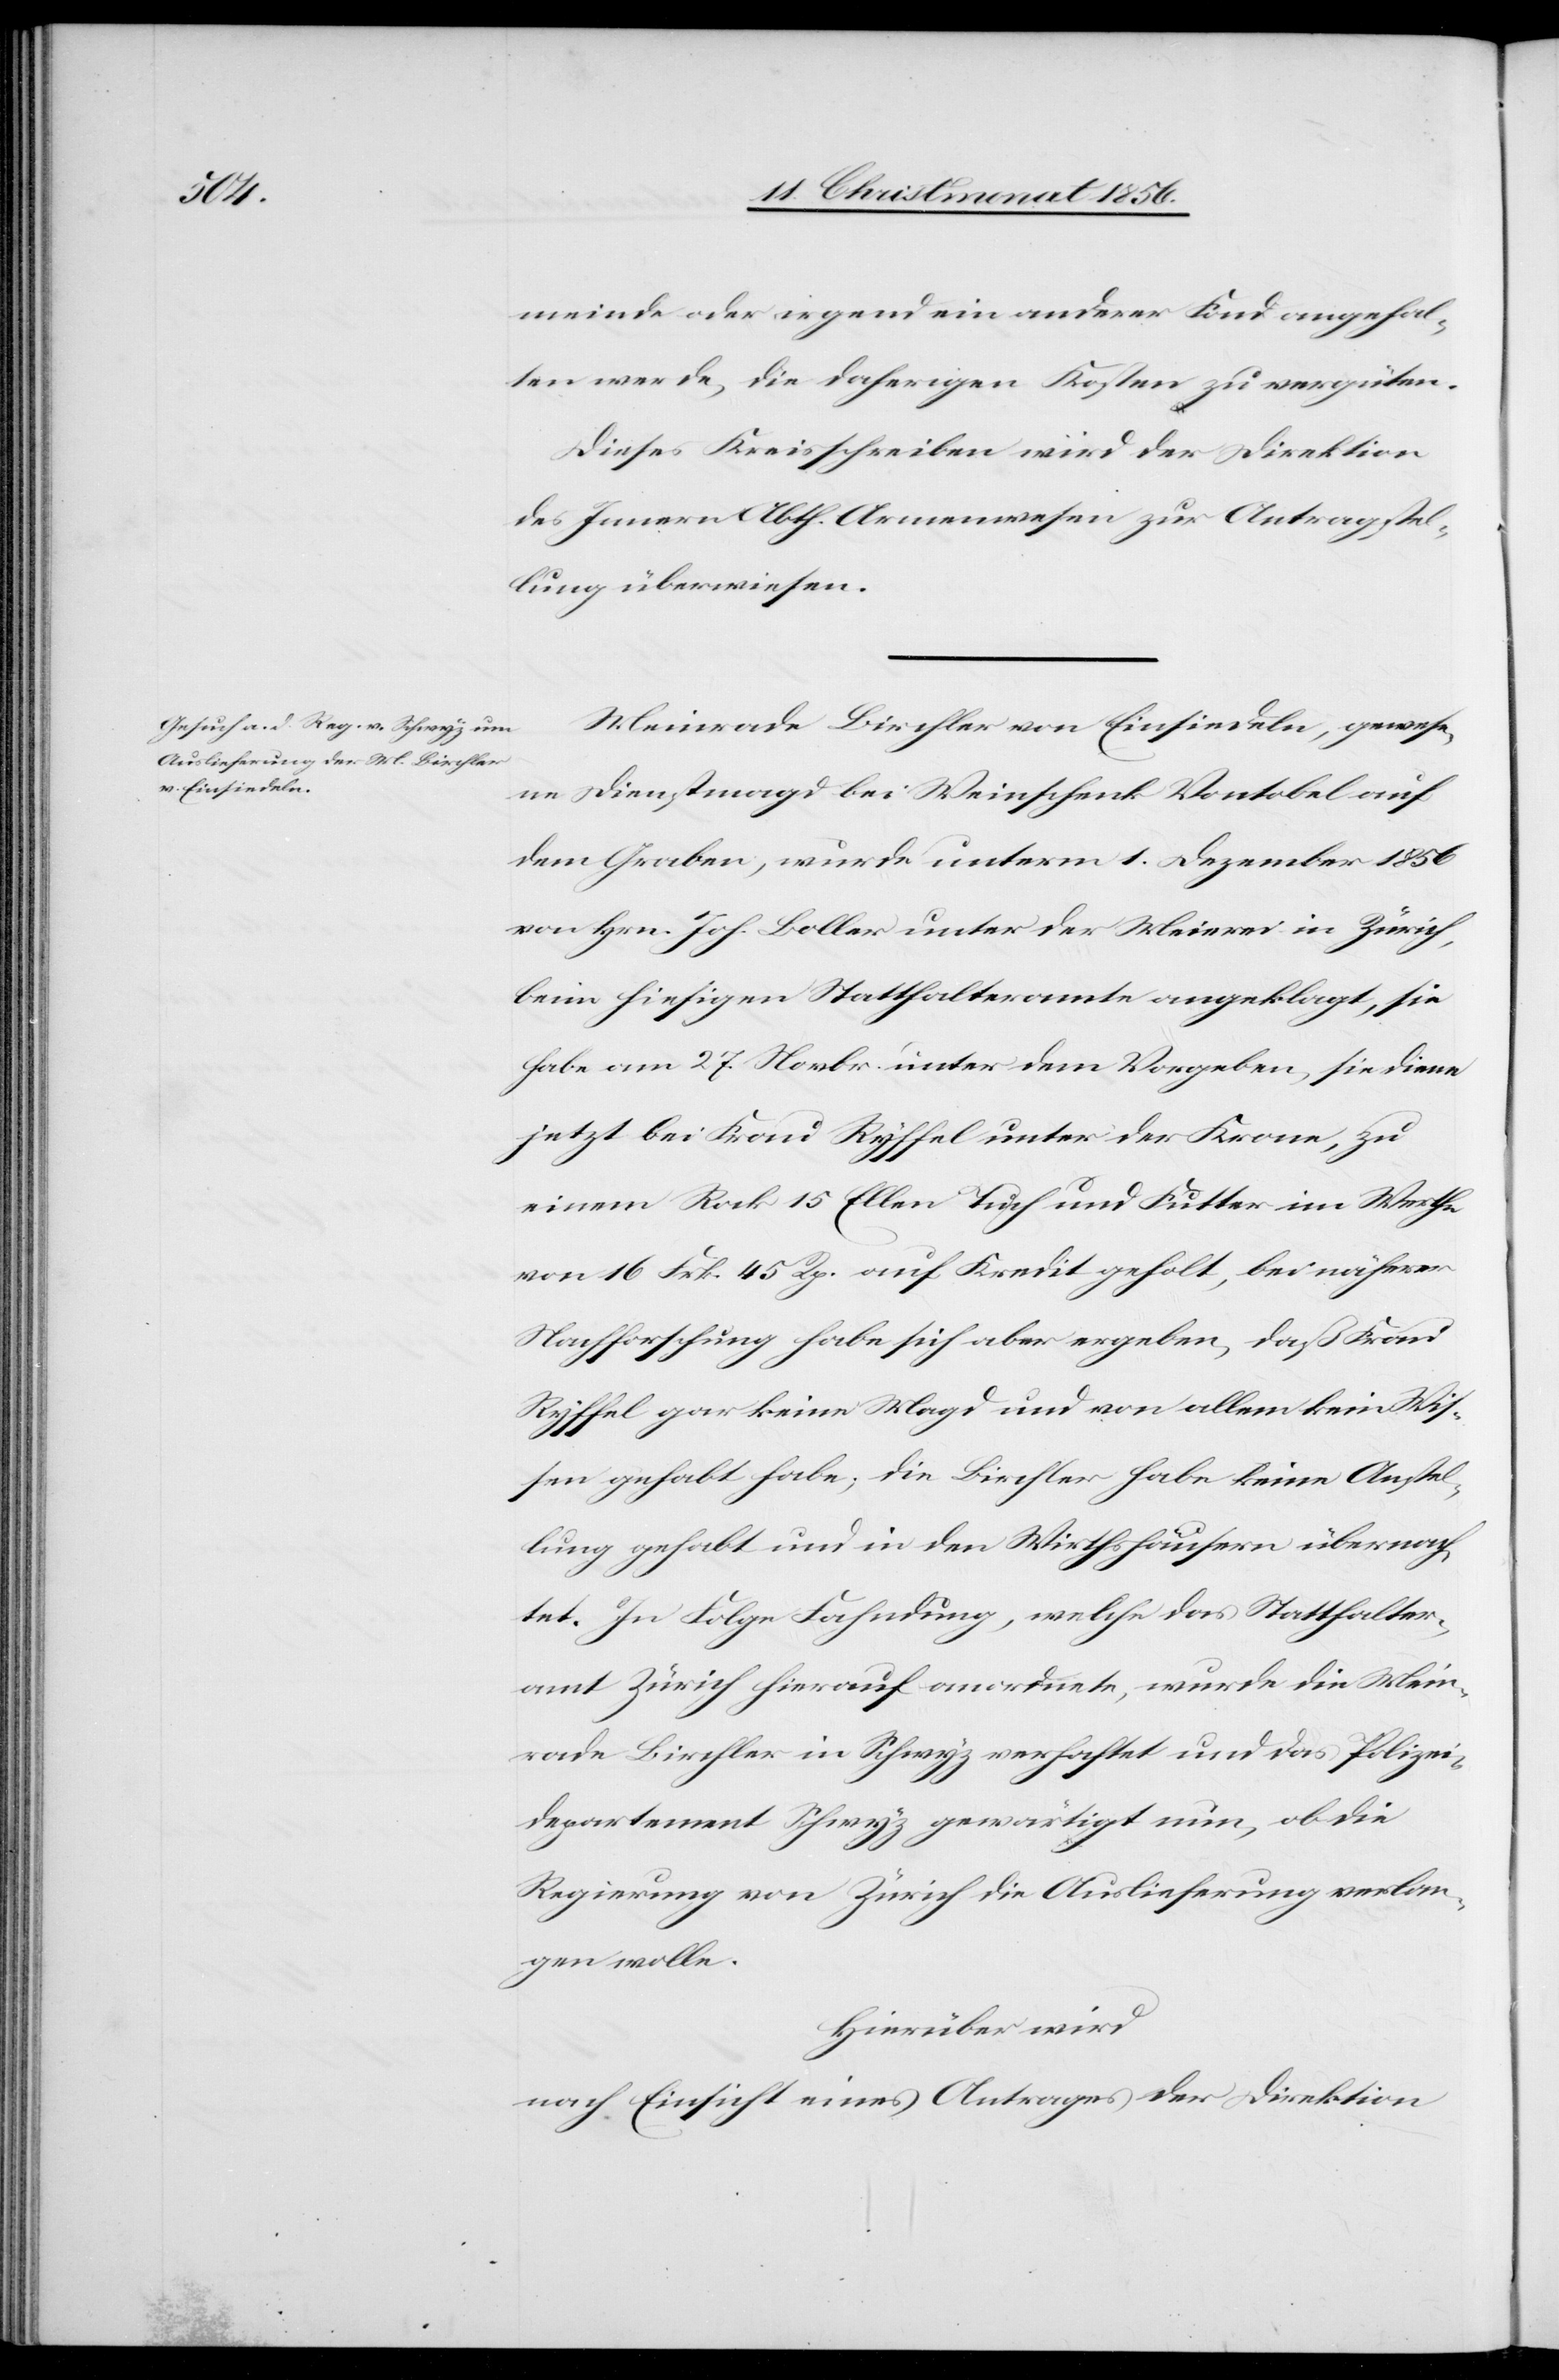
15. Christmonat 1856.]
meinde oder irgend ein anderer Fond angehal¬
ten werde, die daherigen Kosten zu vergüten.
Dieses Kreisschreiben wird der Direktion
des Innern Abth. Armenwesen zur Antragstel¬
lung überwiesen.
Meinrade Birchler von Einsiedeln, gewese¬
ne Dienstmagd bei Weinschenk Vontobel auf
dem Graben, wurde unterm 1. Dezember 1856
von Hrn. Joh. Boller unter der Meierei in Zürich,
beim hiesigen Statthalteramte angeklagt, sie
habe am 27. Novbr. unter dem Vorgeben, sie diene
jetzt bei Frau Ryffel unter der Krone, zu
einem Rock 15 Ellen Tuch und Futter im Werthe
von 16 Frk. 45 Rp. auf Kredit geholt, bei näherer
Nachforschung habe sich aber ergeben, daß Frau
Ryffel gar keine Magd und von allem kein Wis¬
sen gehabt habe; die Birchler habe keine Anstel¬
lung gehabt und in den Wirthshäusern übernach¬
tet. In Folge Fahndung, welche das Statthalter¬
amt Zürich hierauf anordnete, wurde die Mein¬
rade Birchler in Schwyz verhaftet und das Polizei¬
departement Schwyz gewärtigt nun, ob die
Regierung von Zürich die Auslieferung verlan¬
gen wolle.
Hierüber wird
nach Einsicht eines Antrages der Direktion